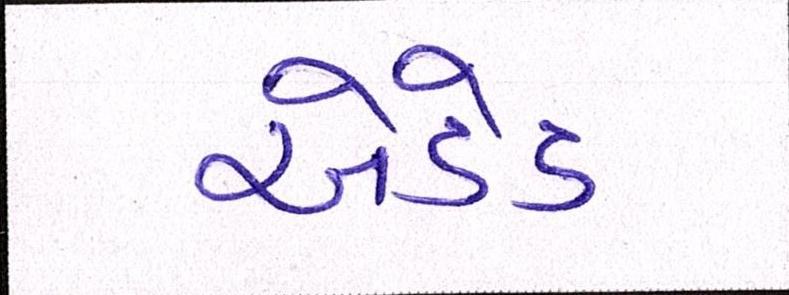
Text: એડેડ